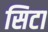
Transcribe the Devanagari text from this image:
सिटा